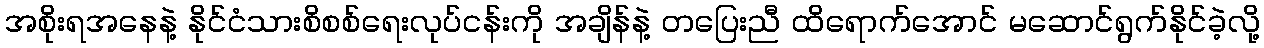
အစိုးရအနေနဲ့ နိုင်ငံသားစိစစ်ရေးလုပ်ငန်းကို အချိန်နဲ့ တပြေးညီ ထိရောက်အောင် မဆောင်ရွက်နိုင်ခဲ့လို့